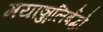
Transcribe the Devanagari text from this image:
मयाञ्जलिर्बद्धो